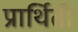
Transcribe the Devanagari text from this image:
प्रार्थिती